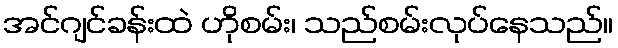
အင်ဂျင်ခန်းထဲ ဟိုစမ်း၊ သည်စမ်းလုပ်နေသည်။